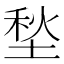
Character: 𱗕